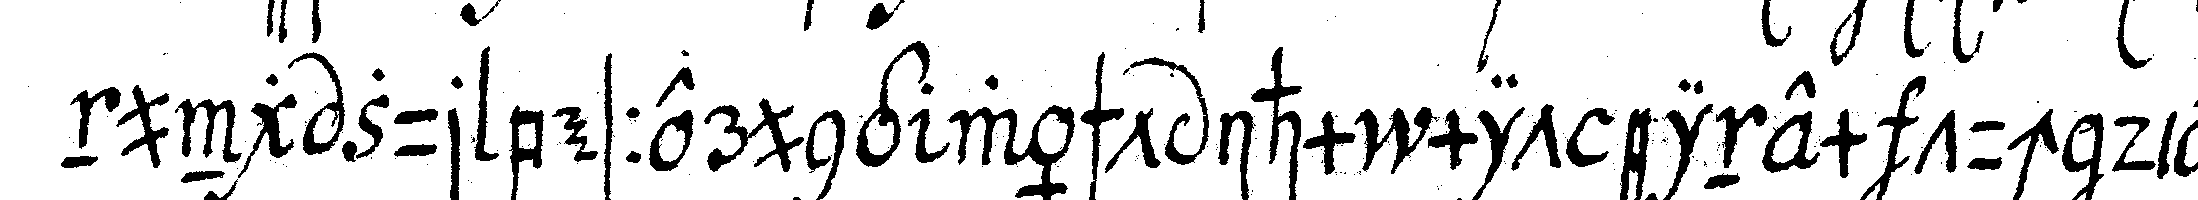
nung zur besserung wäscht ihm mit einem tuch die